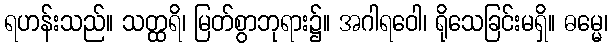
ရဟန်းသည်။ သတ္ထရိ၊ မြတ်စွာဘုရား၌။ အဂါရဝေါ၊ ရိုသေခြင်းမရှိ။ ဓမ္မေ၊